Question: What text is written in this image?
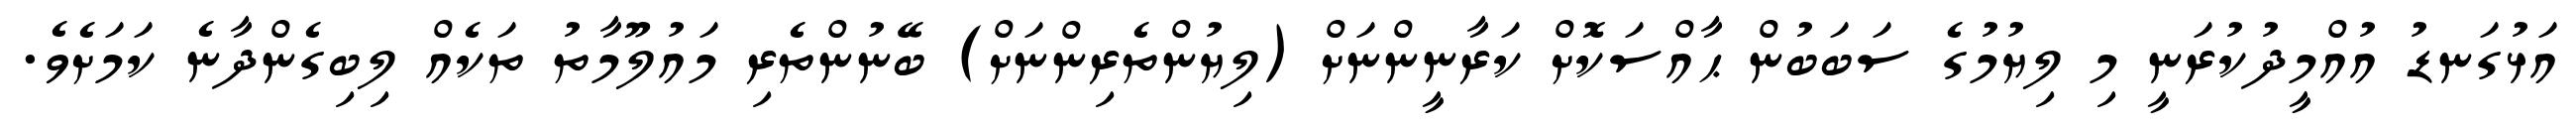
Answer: އަޅުގަނޑު އުއްމީދުކުރަނީ މި ލިޔުމުގެ ސަބަބުން ޙާއްސަކޮށް ކަރާނީންނަށް (ލިޔުންތެރިންނަށް) ބޭނުންތެރި މައުލޫމާތު ތަކެއް ލިބިގެންދާނެ ކަމަށެވެ.